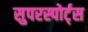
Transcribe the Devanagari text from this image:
सुपरस्पोर्ट्‌स